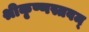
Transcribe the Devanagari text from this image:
श्रीकृष्णस्तवम्